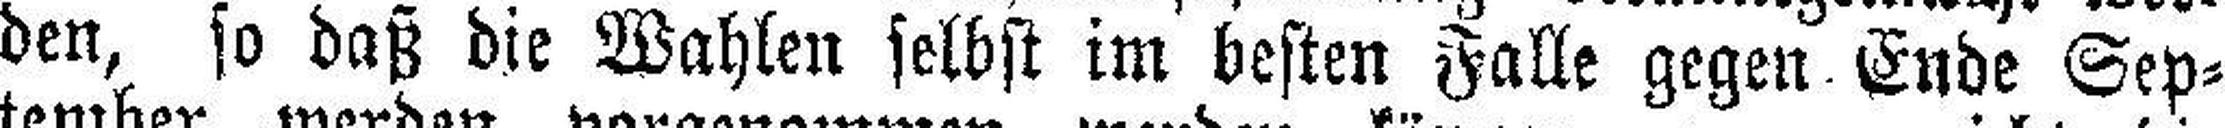
den, so daß die Wahlen selbst im besten Falle gegen Ende Sep¬